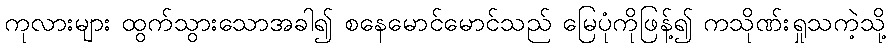
ကုလားများ ထွက်သွားသောအခါ၍ စနေမောင်မောင်သည် မြေပုံကိုဖြန့်၍ ကသိုဏ်းရှုသကဲ့သို့